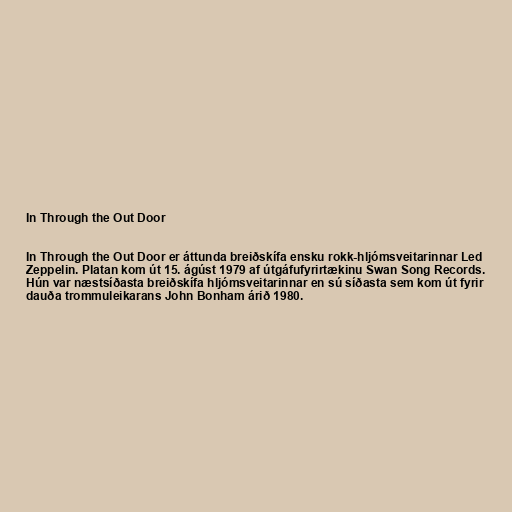
In Through the Out Door

In Through the Out Door er áttunda breiðskífa ensku rokk-hljómsveitarinnar Led
Zeppelin. Platan kom út 15. ágúst 1979 af útgáfufyrirtækinu Swan Song Records.
Hún var næstsíðasta breiðskífa hljómsveitarinnar en sú síðasta sem kom út fyrir
dauða trommuleikarans John Bonham árið 1980.